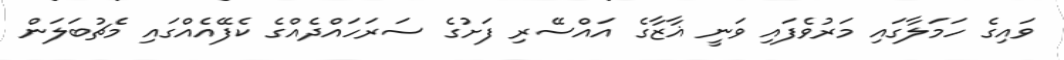
ވައިގެ ހަމަލާގައި މަރުވެފައި ވަނީ ޣާޒާގެ އައްސޭރި ފަށުގެ ސަރަހައްދެއްގެ ކެފޭއެއްގައި މެޗުބަލަން